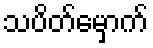
သပိတ်မှောက်